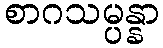
စာဂသမ္ပန္နာ